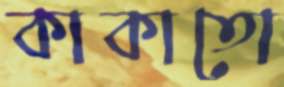
কাকাতো